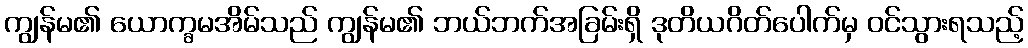
ကျွန်မ၏ ယောက္ခမအိမ်သည် ကျွန်မ၏ ဘယ်ဘက်အခြမ်းရှိ ဒုတိယဂိတ်ပေါက်မှ ဝင်သွားရသည့်